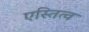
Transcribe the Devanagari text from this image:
एस्तित्व